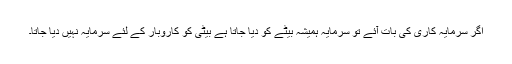
اگر سرمایہ کاری کی بات آئے تو سرمایہ ہمیشہ بیٹے کو دیا جاتا ہے بیٹی کو کاروبار کے لئے سرمایہ نہیں دیا جاتا۔